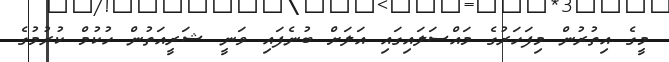
މީގެ އިތުރުން މިފަހަރުގެ މައްސަލައިގައި އަލަށް ބުނެފައި ވަނީ ޝަރީއަތުން ހުކުމް ކުރުމުގެ